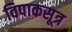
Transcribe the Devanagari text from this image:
विपाकसूत्र